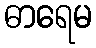
ဓာရေမ